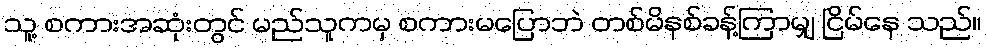
သူ့ စကားအဆုံးတွင် မည်သူကမှ စကားမပြောဘဲ တစ်မိနစ်ခန့်ကြာမျှ ငြိမ်နေ သည်။